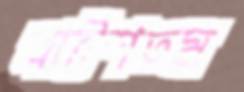
বাইশতম